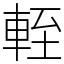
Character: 輊